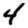
Digit: 4